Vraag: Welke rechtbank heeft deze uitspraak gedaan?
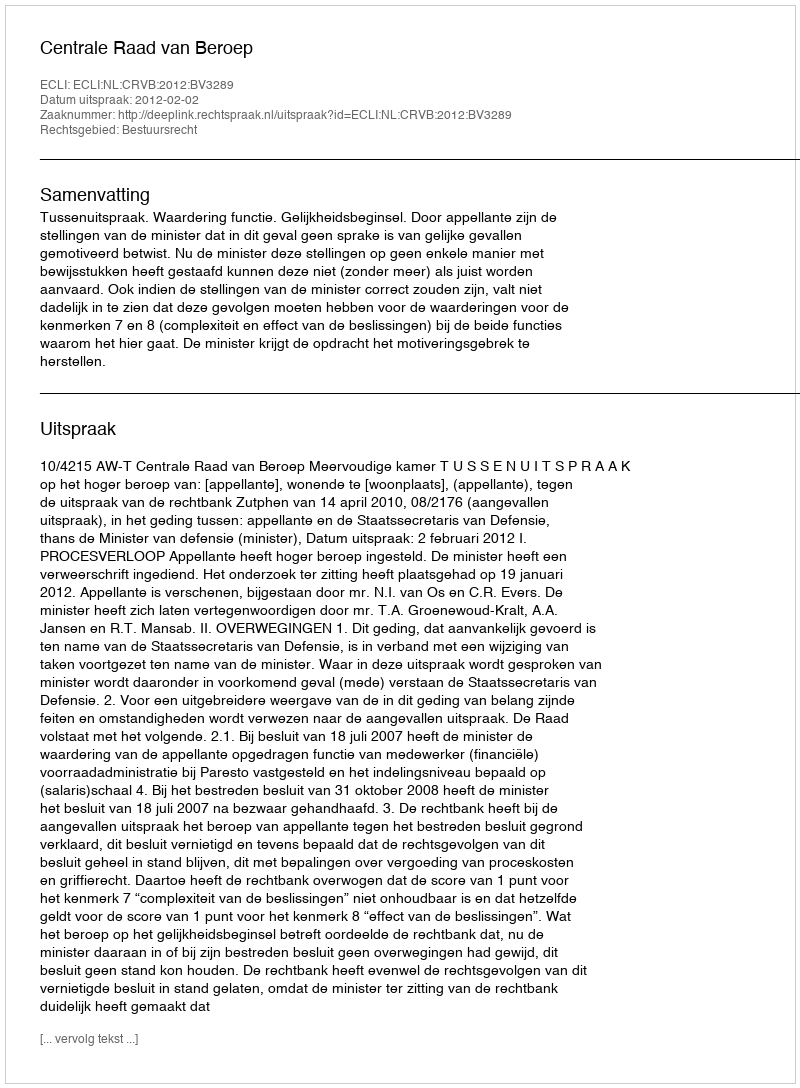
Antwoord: Centrale Raad van Beroep